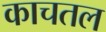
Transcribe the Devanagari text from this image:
काचतल